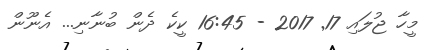
މީހާ ޖުލައި 17